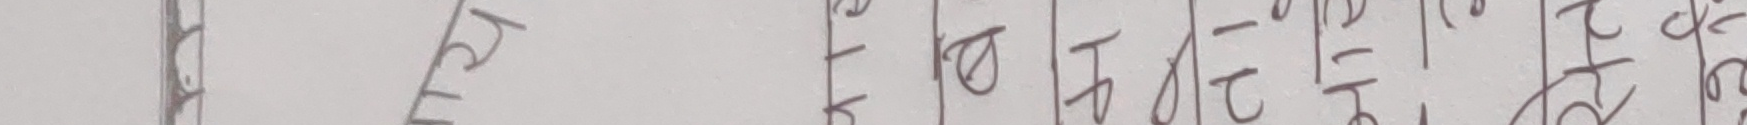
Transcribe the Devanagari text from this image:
क्ष तलसुम् ठप्रतई वढऐप तजस२१क